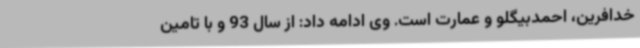
خدافرین، احمدبیگلو و عمارت است. وی ادامه داد: از سال 93 و با تامین